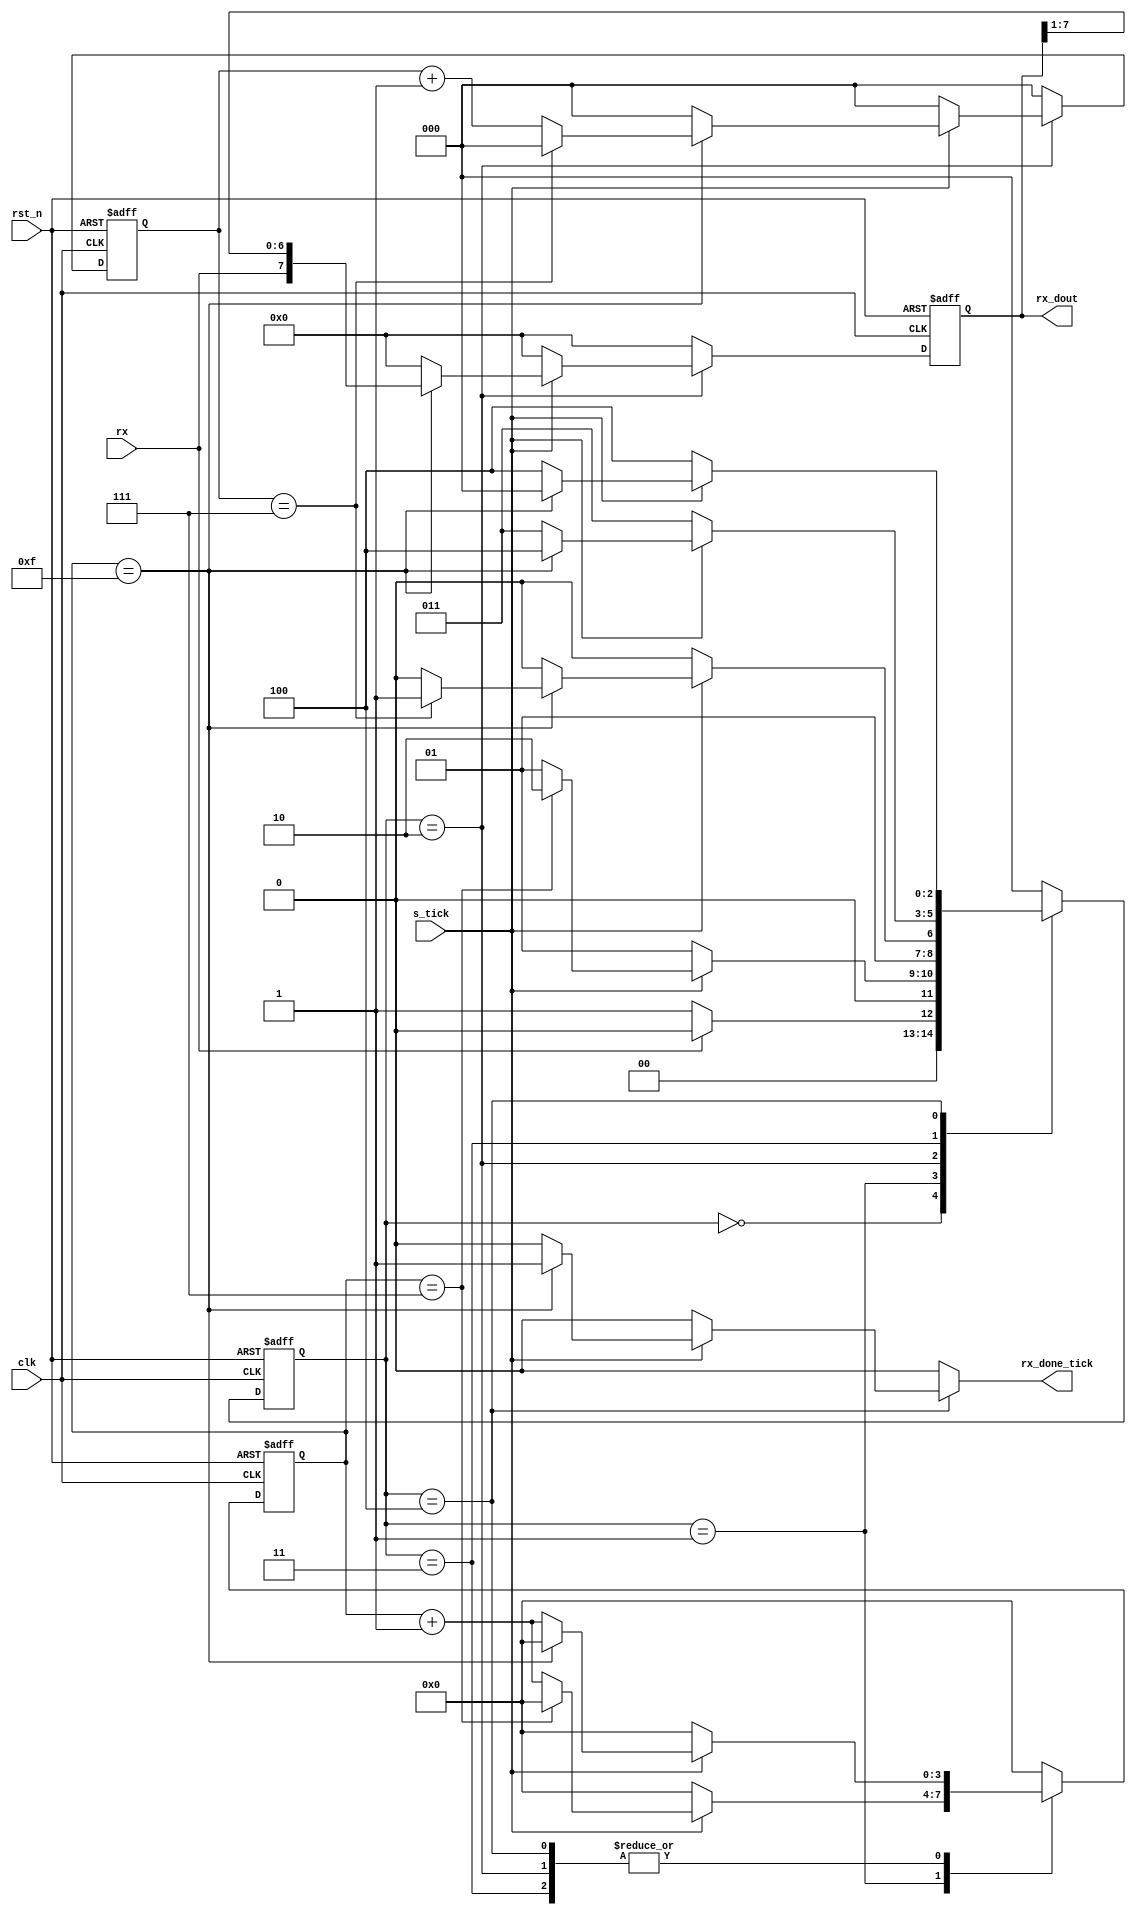
module uart_rx #(parameter SB_TICK = 16,DBIT=8)(
input clk,rst_n,
input rx,
input s_tick,
output reg rx_done_tick,
output [DBIT-1:0]rx_dout
);
reg [2:0]current_state,next_state;
reg [3:0]s_reg,s_next;
reg [$clog2(DBIT)-1:0]n_reg,n_next;
reg [DBIT-1:0]b_reg,b_next;

//////////////////////////////////////////
////////    state_encoding   /////////////
//////////////////////////////////////////
localparam IDLE=0,
           START=1,
           DATA=2,
           PARITY=3,
           STOP=4;

//////////////////////////////////////////
////////    state_memory   ///////////////
//////////////////////////////////////////
always@(posedge clk,negedge rst_n)
begin
  if(!rst_n) begin
     current_state<=IDLE;
     s_reg<=0;
     n_reg<=0;
     b_reg<=0;
   end

  else begin
    current_state<=next_state;
    s_reg<=s_next;  
    n_reg<=n_next;  
    b_reg<=b_next;
  end
end
//////////////////////////////////////////
////////    next_state_logic     /////////
//////////////////////////////////////////


always@(*)
begin
            rx_done_tick=0;
            s_next=0;
            n_next=0;
            b_next=0;
            next_state=START;  
  case(current_state)
///////////////////////////////////      
////////    IDLE_state     ////////
///////////////////////////////////  
IDLE:begin
       if(!rx) begin
            s_next=0;
            n_next=0;
            b_next=0;
            next_state=START;
            end
      else
            next_state=IDLE;
end
/////////////////////////////////// 
////////    START_state    //////// 
///////////////////////////////////                   
START:begin
      if(s_tick)begin
           if(s_reg==7)begin
               s_next=0;
               next_state=DATA;
               end
             else begin
               next_state=START;
               s_next=s_reg+1;
             end
               end
      else 
         next_state=START;
               
end
///////////////////////////////////        
////////   DATA_state      ////////       
///////////////////////////////////        
DATA:begin
       if(s_tick)begin
           if(s_reg==15)begin
                s_next=0;
                b_next={rx,b_reg[DBIT-1:1]};
                    if(n_reg==DBIT-1)
                         next_state=PARITY;
                    else begin
                         n_next=n_reg+1; 
                         next_state=DATA;
                          end
                          end
            else begin
                  s_next=s_reg+1;
                  next_state=DATA;
                  end
                  end
     else
        next_state=DATA;
end

///////////////////////////////////        
////////   PARITY_state      //////// 
///////////////////////////////////        
PARITY:begin
      if(s_tick) begin
           if(s_reg==15) begin
               next_state=STOP; 
               s_next=0;
               end
           else begin
              s_next=s_reg+1;
              next_state=PARITY;
              end
              end
      else
        next_state=PARITY;
end


///////////////////////////////////        
////////   STOP_state      //////// 
///////////////////////////////////        
STOP:begin
      if(s_tick) begin
           if(s_reg==SB_TICK-1) begin
               rx_done_tick=1;
               next_state=IDLE; 
               end
           
           else begin
              s_next=s_reg+1;
              next_state=STOP;
              end
              end
      else
        next_state=STOP;
end
default:next_state=IDLE;
///////////////////////////////////  
///////////////////////////////////  
///////////////////////////////////  
  endcase
end

assign rx_dout=b_reg;
endmodule